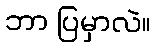
ဘာ ပြမှာလဲ။